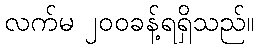
လက်မ ၂၀၀ခန့်ရရှိသည်။